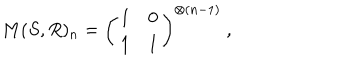
M ( S , R ) _ { n } = \left( \begin{matrix} { { 1 } } & { { 0 } } \\ { { 1 } } & { { 1 } } \\ \end{matrix} \right) ^ { \otimes ( n - 1 ) } \ ,